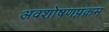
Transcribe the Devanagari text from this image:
अवशोषणप्रक्रम